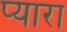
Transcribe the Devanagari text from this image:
प्‍यारा